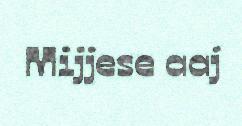
Mijjese aaj